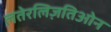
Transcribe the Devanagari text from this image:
लतेरलिज़तिओन